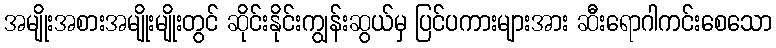
အမျိုးအစားအမျိုးမျိုးတွင် ဆိုင်းနိုင်းကျွန်းဆွယ်မှ ပြင်ပကားများအား ဆီးရောဂါကင်းစေသော